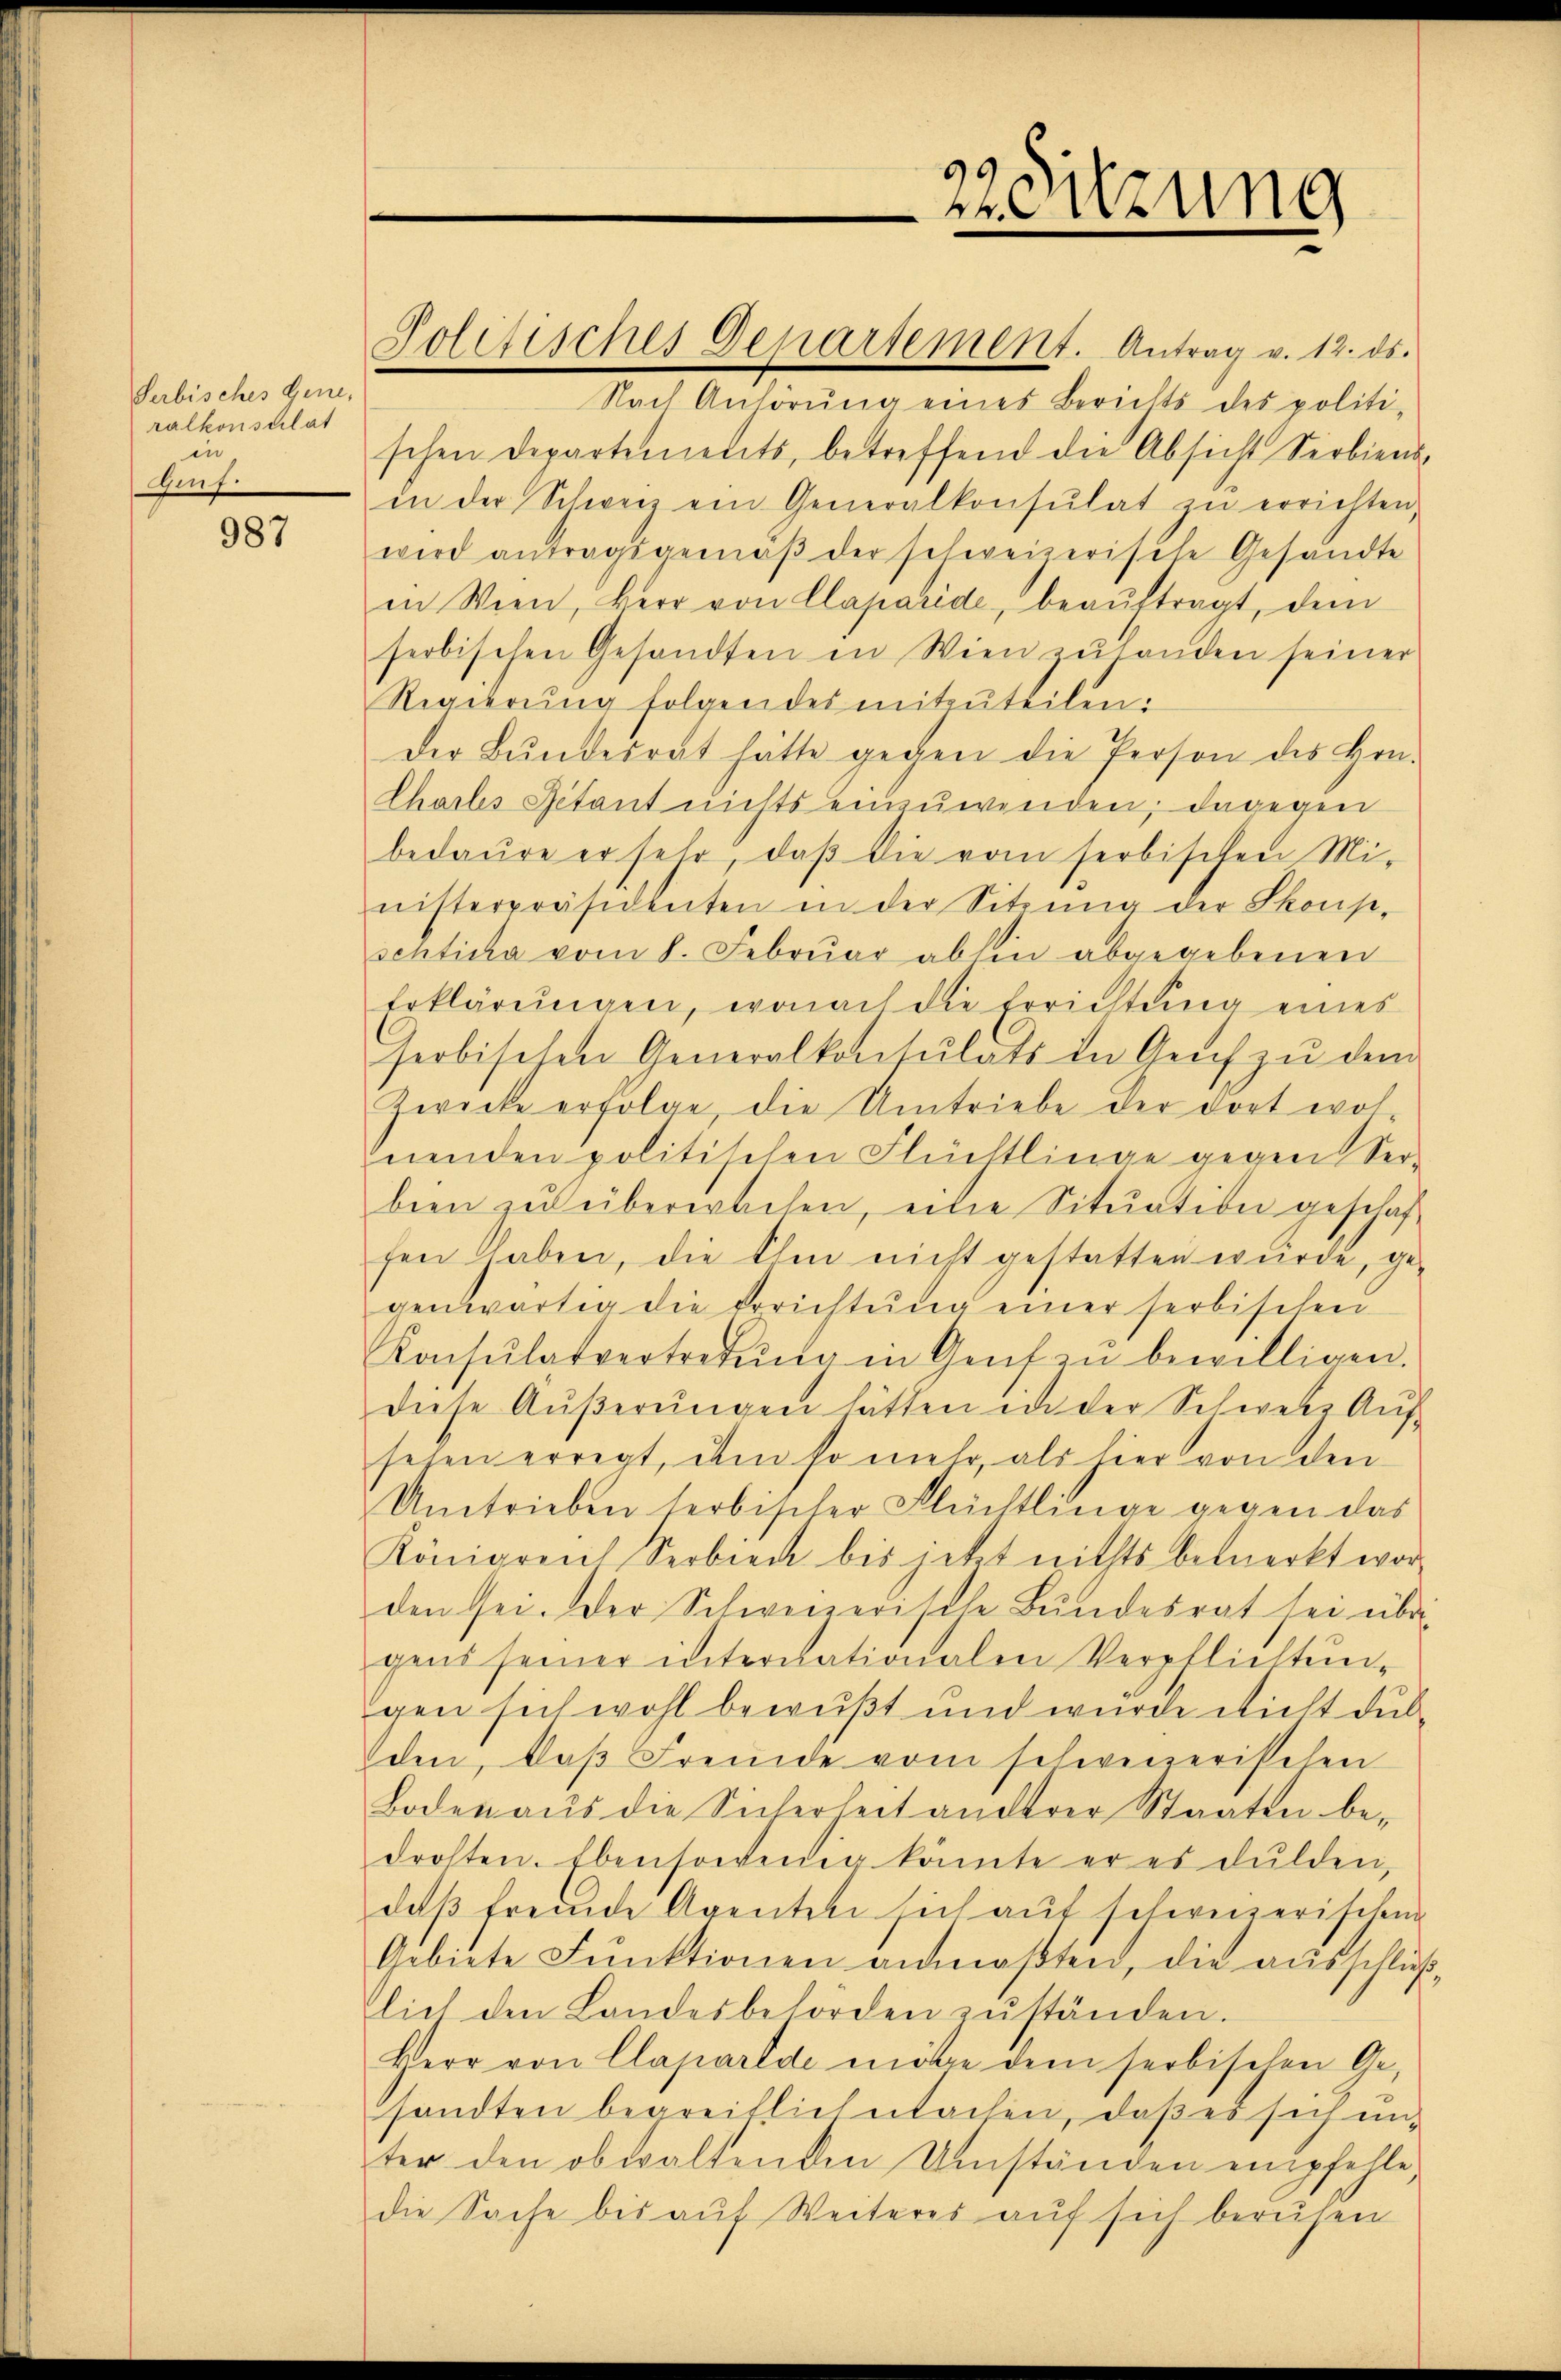
Serbisches Gene-
ralkonsulat
in
Guf.

987

Politisches Departement. Antrag v. 12. ds.

Nach Anhörŭng eines Berichts des politi-
schen Departements, betreffend die Absicht Serbiens,
in der Schweiz ein Generalkonsulat zŭ errichten.
wird antragsgemäβ der schweizerische Gesandte
in Wien, Herr von Claparide, beaŭftragt, dem
serbischen Gesandten in Wien zuhanden seiner
Regierŭng folgendes mitzŭteilen;
Der Bŭndesrat hätte gegen die Person des Hrn.
Chartes Ritant nichts einzuwenden; dagegen
bedaure er sehr, daβ die vom serbischen Mi-
nisterpräsidenten in der Sitzŭng der Skoup-
schliche vom 8. Febrŭar abhin abgegebenen
Erklärungen, wonach die Errichtung eines
seobischen Generalkonsulats in Genf zu dem
Zwecke erfolge, die Umtriebe der dort woh
nenden politischen Flüchtlinge gegen Ser-
bien zu überwachen, eine Situation geschaffen haben, die Ihm nicht gestatten wurde, ge-
genwärtig die Errichtung einer serbischen
Konsŭlarvertretŭng in Genf in bewilligen.
diese Aŭβerŭngen hätten in der Schweiz Aŭf-
sehen erregt, dem so mehr, als hier von den
Umtrieben serbischer Flüchtlinge gegen das
Königreich Serbieck bis jetzt nichts bemerkt wor-
den sei. Der Schweizerische Bŭndesrat sei übri
gens seiner internationalen Verpflichtun-
gen sich wohl bewußt und wurde nicht du
den, daß Fremde vom schweizerischen
Boden aus die Sicherheit anderer Staaten be-
drohten. Ebensowenig könnte er es dulden,
da fremde Agenten sich auf schreizerischen
Gebiete Fŭnktionen anmaβten, die aŭsschlŭβ
lich den Landesbehörden zŭständen.
Herr von Claparlde möge dem serbischen Ge-
sandten begreiflich machen, daß es sich unter den obwaltenden Umständen empfehle
die Sache bis auf Weiteres auf sich beruhen

Zeitzung